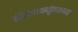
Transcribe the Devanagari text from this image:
विचारकर्तृत्वाच्या